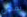
يمكن